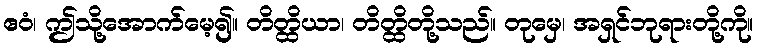
ဧဝံ၊ ဤသို့အောက်မေ့၍။ တိတ္ထိယာ၊ တိတ္ထိတို့သည်။ တုမှေ၊ အရှင်ဘုရားတို့ကို။